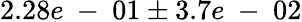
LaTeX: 2.28e\mathrm{~-~}01\pm 3.7e\mathrm{~-~}02